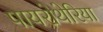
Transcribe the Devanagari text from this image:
पायरोथेरिया